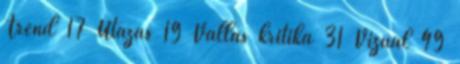
Trend 17 Utazás 19 Vallás kritika 31 Vizuál 49